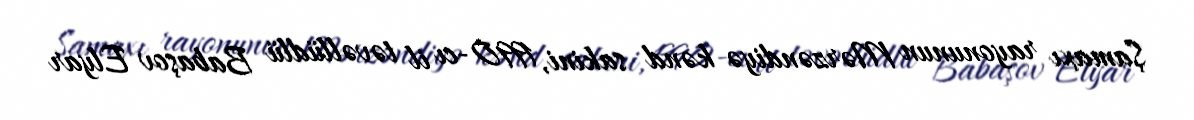
Şamaxı rayonunun Mərzəndiyə kənd sakini, 1990-cı il təvəllüdlü Babaşov Elyar